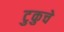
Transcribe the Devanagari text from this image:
टुकुचे